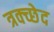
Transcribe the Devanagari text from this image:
त्रक्च्छेद